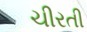
ચીરતી